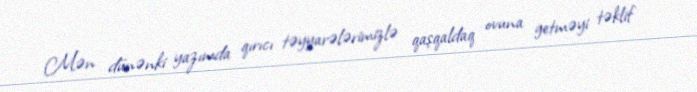
Mən dünənki yazımda qırıcı təyyarələrimizlə qaşqaldaq ovuna getməyi təklif